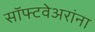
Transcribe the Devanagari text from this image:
सॉफ्टवेअरांना